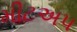
મીટઅપ